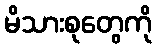
မိသားစုတွေကို